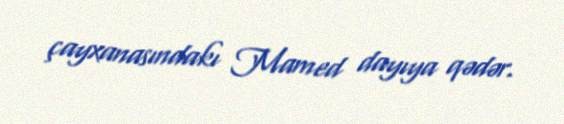
çayxanasındakı Mamed dayıya qədər.